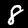
Digit: 8